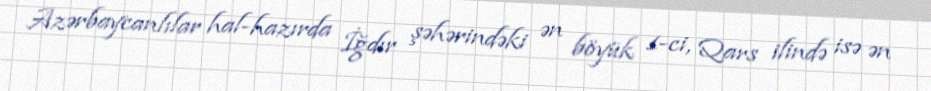
Azərbaycanlılar hal-hazırda İğdır şəhərindəki ən böyük 1-ci, Qars ilində isə ən